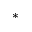
^ \ast